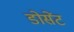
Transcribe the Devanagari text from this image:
डोसेंट